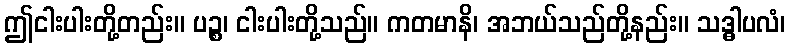
ဤငါးပါးတို့တည်း။ ပဉ္စ၊ ငါးပါးတို့သည်။ ကတမာနိ၊ အဘယ်သည်တို့နည်း။ သဒ္ဓါပလံ၊